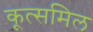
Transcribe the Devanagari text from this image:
कूत्समिल